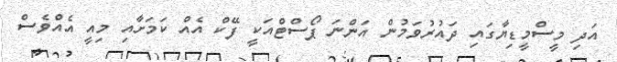
އަދި މީސްމީޑިޔާގައި ދައުރުވަމުން އަންނަ ޕޯސްޓްއަކީ ފޭކް އެއް ކަމަށާއި މިއީ އެއްވެސް